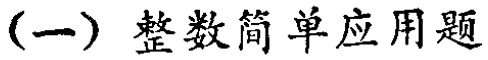
（一）整数简单应用题